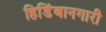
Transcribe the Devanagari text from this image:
हिडिंबानगारी